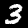
Label: 3